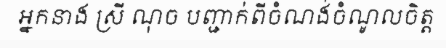
អ្នកនាង ស្រី ណុច បញ្ជាក់ពីចំណង់ចំណូលចិត្ត